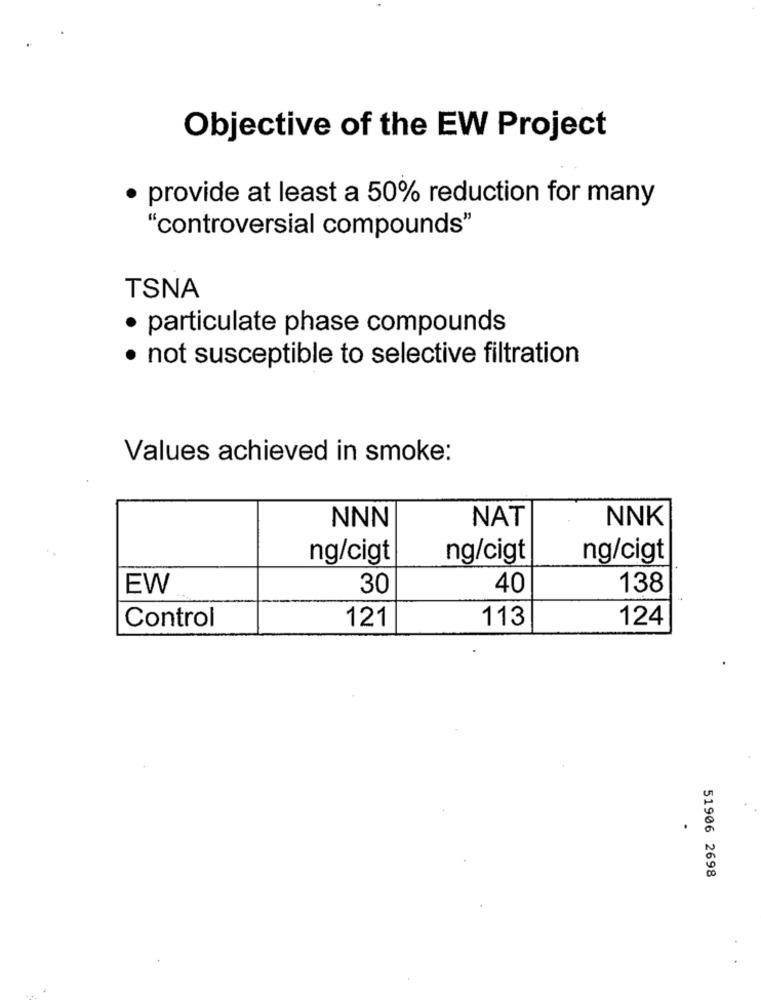
Objective of the EW Project
provide at least a 50% reduction for many
"controversial compounds"
TSNA
· particulate phase compounds
· not susceptible to selective filtration
Values achieved in smoke:
NNN
NAT
NNK
ng/cigt
ng/cigt
ng/cigt
EW
30
40
138
Control
113
124
121
51906 2698